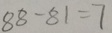
8 8 - 8 1 = 7